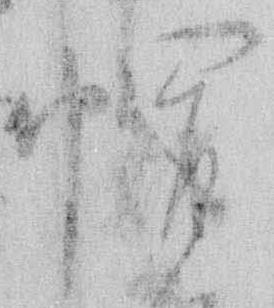
帽